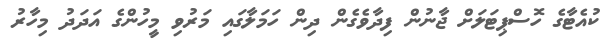
ކުއެޓާގެ ހޮސްޕިޓަލަށް ޖާނުން ފިދާވެގެން ދިން ހަމަލާގައި މަރުވި މީހުންގެ އަދަދު މިހާރު